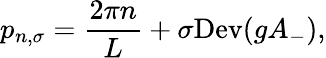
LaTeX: p_{n,\sigma}=\frac{2\pi n}{L}+\sigma\mathrm{Dev}(gA_{-}),